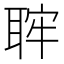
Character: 𦕵